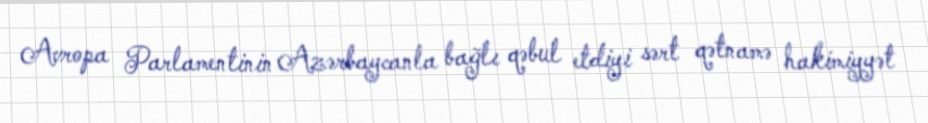
Avropa Parlamentinin Azərbaycanla bağlı qəbul etdiyi sərt qətnamə hakimiyyət